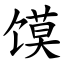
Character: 馍